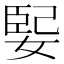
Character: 𫱃